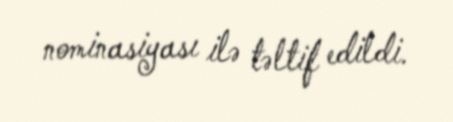
nominasiyası ilə təltif edildi.